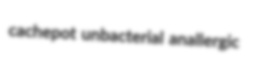
cachepot unbacterial anallergic